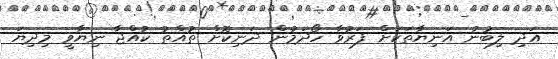
އަދި ލިބުނު އަނިޔާތަކަށް ފަރުވާ ހޯދަމުން ދަނިކޮށް ތުއްތު ކުއްޖާ ނިޔާވީ މިދިޔަ